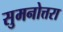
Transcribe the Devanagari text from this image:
सुमनोत्तरा